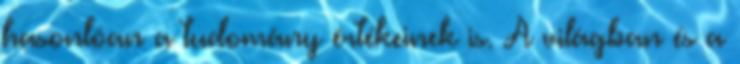
hasonlóan a tudomány értékeinek is. A világban és a